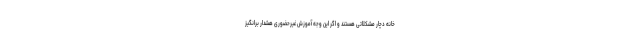
خانه دچار مشکلاتی هستند و اگر این وجه آموزش غیرحضوری هشدار برانگیز